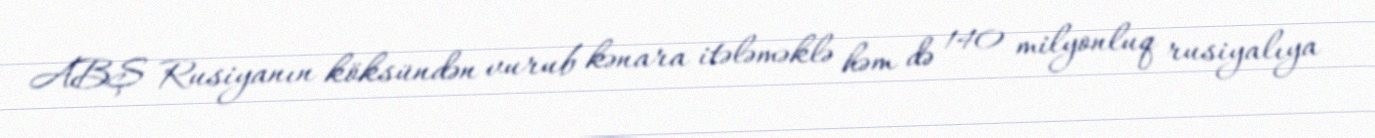
ABŞ Rusiyanın köksündən vurub kənara itələməklə həm də 140 milyonluq rusiyalıya